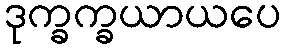
ဒုက္ခက္ခယာယပေ